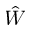
\hat { W }